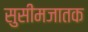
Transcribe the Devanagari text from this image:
सुसीमजातक